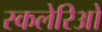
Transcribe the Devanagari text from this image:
स्कलेरिओ